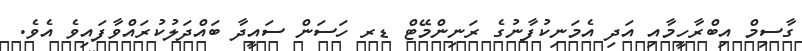
ގާސިމް އިބްރާހީމާއި އަދި އެމަނިކުފާނުގެ ރަނިންމޭޓް ޑރ ހަސަން ސައީދާ ބައްދަލުކުރައްވާފައިވެ އެވެ.